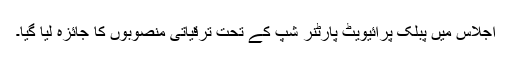
اجلاس میں پبلک پرائیویٹ پارٹنر شپ کے تحت ترقیاتی منصوبوں کا جائزہ لیا گیا۔